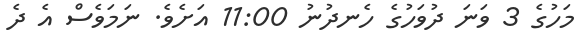
މަހުގެ 3 ވަނަ ދުވަހުގެ ހެނދުނު 11:00 އަށެވެ. ނަމަވެސް އެ ދެ